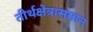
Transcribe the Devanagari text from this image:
तीर्थक्षेत्रासमान